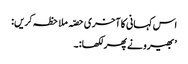
اس کہانی کا آخری حصّہ ملاحظہ کریں:
’ بھیرو نے پھر لکھا:۔